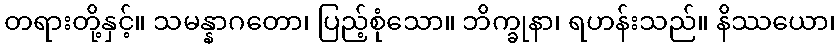
တရားတို့နှင့်။ သမန္နာဂတော၊ ပြည့်စုံသော။ ဘိက္ခုနာ၊ ရဟန်းသည်။ နိဿယော၊